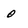
Character: o